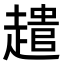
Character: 𮚾